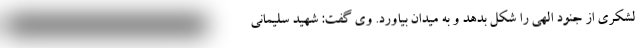
لشکری از جنود الهی را شکل بدهد و به میدان بیاورد. وی گفت: شهید سلیمانی